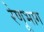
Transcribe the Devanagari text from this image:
रेणूभाग